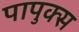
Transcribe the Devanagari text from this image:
पापुक्स